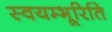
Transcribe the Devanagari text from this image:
स्वयम्भूरिति